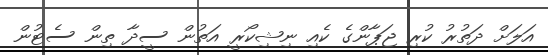
އަލަށް ދަތުރު ކުރި ޖަޕާންގެ ކެއި ނިޝިކޯރީ އަތުން ސީދާ ތިން ސެޓުން